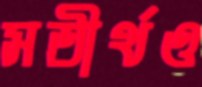
সতীর্থও